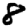
Digit: 8